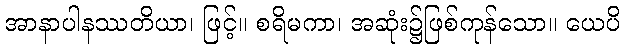
အာနာပါနဿတိယာ၊ ဖြင့်။ စရိမကာ၊ အဆုံး၌ဖြစ်ကုန်သော။ ယေပိ